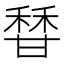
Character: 𬓶